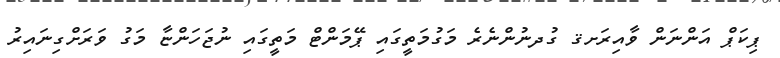
ޕިކަޕް އަންނަން ވާއިރަށޤ ގުދނުންނެރެ މަގުމަތީގައި ޕޭމަންޓް މަތީގައި ނުޖަހަންޏާ މަގު ވަރަށްގިނައިރު